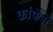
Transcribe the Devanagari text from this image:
कांफेर्स